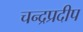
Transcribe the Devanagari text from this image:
चन्द्रप्रदीप